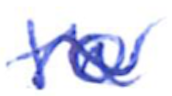
Text: to
Cross-out: wave
Writing tool: ballpoint